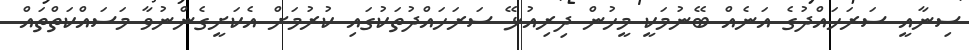
ސިނާއީ ސަރަހައްދުގެ އަނެއް ބޭނުމަކީ މީހުން ދިރިއުޅޭ ސަރަހައްދުތަކުގައި ކުރުމަށް އެކަށީގެންނުވާ މަސައްކަތްތައް